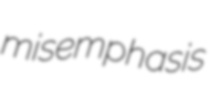
misemphasis